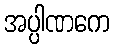
အပ္ပါဏကေ